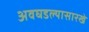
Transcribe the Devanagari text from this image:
अवघडल्यासारखे